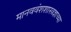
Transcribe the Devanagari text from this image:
मानववंशशास्त्रज्ञाच्या